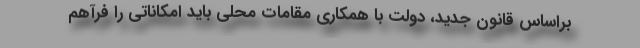
براساس قانون جدید، دولت با همکاری مقامات محلی باید امکاناتی را فرآهم